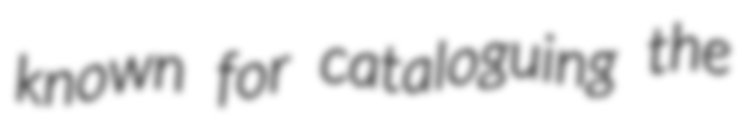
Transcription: known for cataloguing the